Piroplasma canis and its life cycle in the tick - Number 29
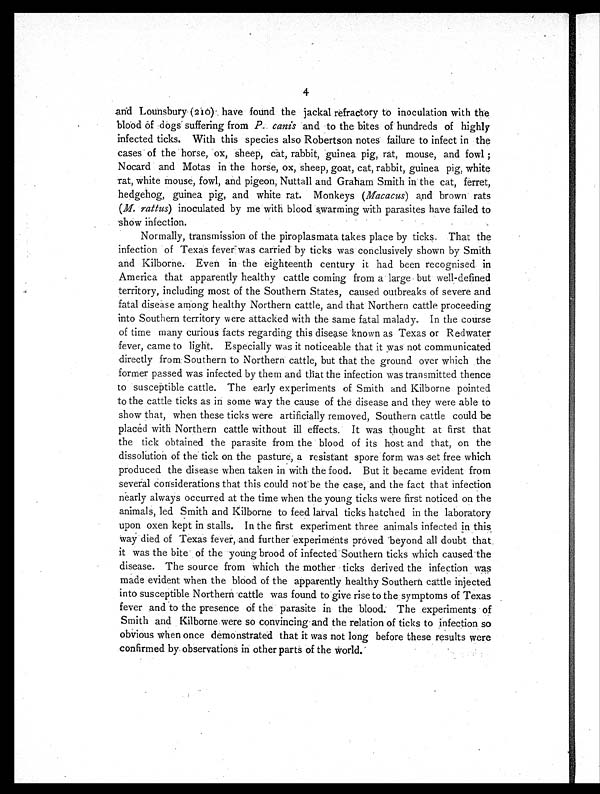
4
and Lounsbury (210) have found the jackal refractory to inoculation with the
blood of dogs suffering from P. canis and to the bites of hundreds of highly
infected ticks. With this species also Robertson notes failure to infect in the
cases of the horse, ox, sheep, cat, rabbit, guinea pig, rat, mouse, and fowl ;
Nocard and Motas in the horse, ox, sheep, goat, cat, rabbit, guinea pig, white
rat, white mouse, fowl, and pigeon, Nuttall and Graham Smith in the cat, ferret,
hedgehog, guinea pig, and white rat. Monkeys ( Macacus) and brown rats
(M. rattus) inoculated by me with blood swarming with parasites have failed to
show infection.
Normally, transmission of the piroplasmata takes place by ticks. That the
infection of Texas fever was carried by ticks was conclusively shown by Smith
and Kilborne. Even in the eighteenth century it had been recognised in
America that apparently healthy cattle coming from a large but well-defined
territory, including most of the Southern States, caused outbreaks of severe and
fatal disease among healthy Northern cattle, and that Northern cattle proceeding
into Southern territory were attacked with the same fatal malady. In the course
of time many curious facts regarding this disease known as Texas or Redwater
fever, came to light. Especially was it noticeable that it was not communicated
directly from Southern to Northern cattle, but that the ground over which the
former passed was infected by them and that the infection was transmitted thence
to susceptible cattle. The early experiments of Smith and Kilborne pointed
to the cattle ticks as in some way the cause of the disease and they were able to
show that, when these ticks were artificially removed, Southern cattle could be
placed with Northern cattle without ill effects. It was thought at first that
the tick obtained the parasite from the blood of its host and that, on the
dissolution of the tick on the pasture, a resistant spore form was set free which
produced the disease when taken in with the food. But it became evident from
several considerations that this could not be the case, and the fact that infection
nearly always occurred at the time when the young ticks were first noticed on the
animals, led Smith and Kilborne to feed larval ticks hatched in the laboratory
upon oxen kept in stalls. In the first experiment three animals infected in this
way died of Texas fever, and further experiments proved beyond all doubt that
it was the bite of the young brood of infected Southern ticks which caused the
disease. The source from which the mother ticks derived the infection was
made evident when the blood of the apparently healthy Southern cattle injected
into susceptible Northern cattle was found to give rise to the symptoms of Texas
fever and to the presence of the parasite in the blood: The experiments of
Smith and Kilborne were so convincing and the relation of ticks to infection so
obvious when once demonstrated that it was not long before these results were
confirmed by observations in other parts of the world.